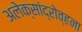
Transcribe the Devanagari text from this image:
अलेक्सांद्रोव्हना